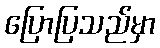
ပြောပြသည်မှာ